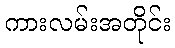
ကားလမ်းအတိုင်း